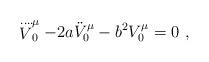
LaTeX: \begin{align*}\stackrel{....}V_{0}^{\mu}-2a\ddot V_{0}^{\mu} -b^2 V_{0}^{\mu}=0~,\end{align*}